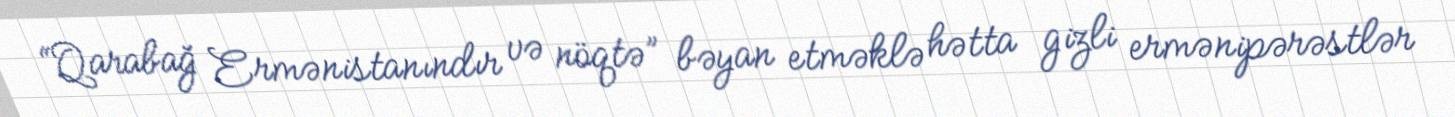
“Qarabağ Ermənistanındır və nöqtə” bəyan etməklə hətta gizli ermənipərəstlər